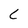
Character: c